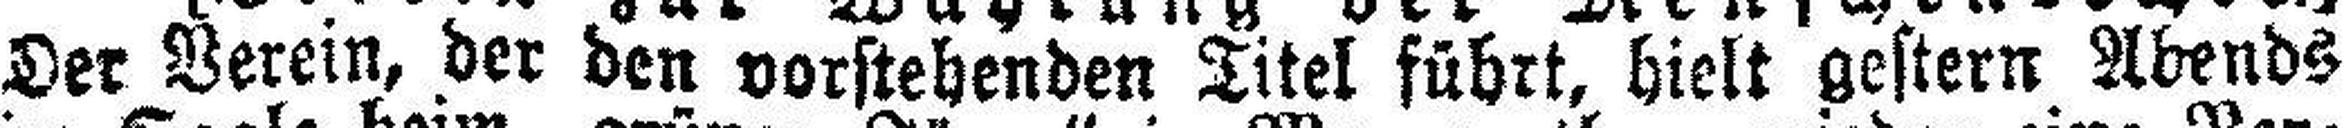
Der Verein, der den vorstehenden Titel führt, hielt gestern Abends